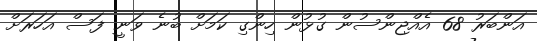
އަންބަރު 68 އެއްޖިންސުން ގުޅުން ހިންގި ކަމަށް ބުނެ ވަނީ ފަސް އަހަރަށް